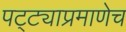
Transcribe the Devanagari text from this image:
पट्ट्याप्रमाणेच